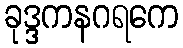
ခုဒ္ဒကနဂရကေ